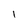
Character: I